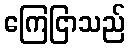
ကြေငြာသည်